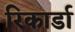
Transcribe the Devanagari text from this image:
रिकार्डा